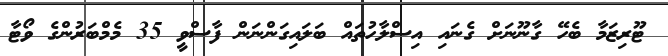
ޓޫރިޒަމާ ބެހޭ ގާނޫނަށް ގެނައި އިސްލާހުތައް ބަލައިގަންނަން ފާސްވީ 35 މެމްބަރުންގެ ވޯޓާ